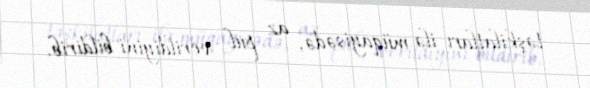
təşkilatları ilə müqayisədə, az pul verildiyini bildirib.